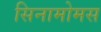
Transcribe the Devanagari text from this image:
सिनामोमस